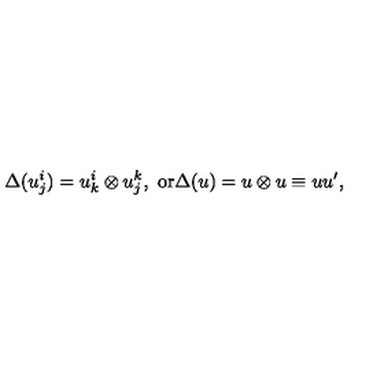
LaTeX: \Delta ( u _ { j } ^ { i } ) = u _ { k } ^ { i } \otimes u _ { j } ^ { k } , \ \mathrm { o r } \Delta ( u ) = u \otimes u \equiv u u ^ { \prime } ,